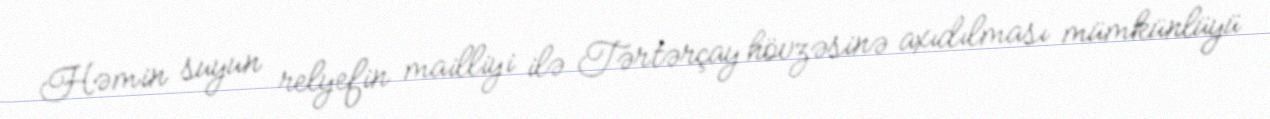
Həmin suyun relyefin mailliyi ilə Tərtərçay hövzəsinə axıdılması mümkünlüyü